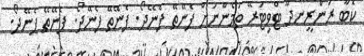
ކޮބާ ރަންރީނދޫ ޓްވިޓަރޭ ތަމެންނަށް ފެނޭތޭ ފެނޭދޯ. ފެނޭތޭ ފެނޭދޯ. ފެނޭތޭ ފެނޭދޯ.